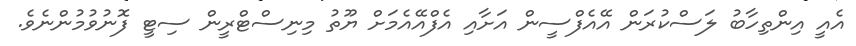
އެއީ އިންތިހާބު ލަސްކުރަން އޭއެފްސީން އަށާއި އެފްއޭއެމަށް ޔޫތު މިނިސްޓްރީން ސިޓީ ފޮނުވުމުންނެވެ.